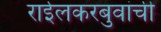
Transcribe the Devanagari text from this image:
राईलकरबुवांची